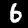
Digit: 6